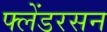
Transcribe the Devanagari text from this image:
फ्लेंडरसन